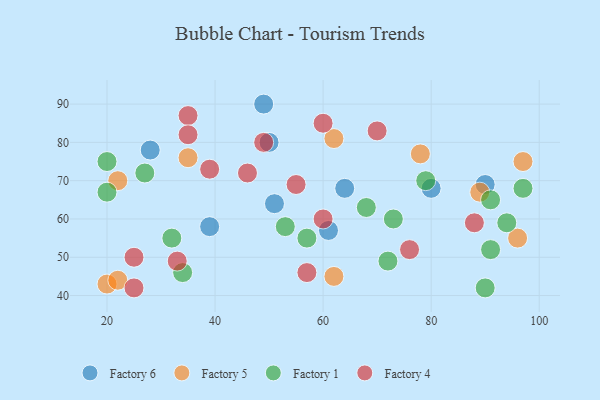
{"axis": {"x": "GDP", "y": "Life Expectancy"}, "legend": ["Factory 1", "Factory 4", "Factory 5", "Factory 6"], "data": [{"x": "49", "y": 90, "type": "Factory 6"}, {"x": "50", "y": 80, "type": "Factory 6"}, {"x": "51", "y": 64, "type": "Factory 6"}, {"x": "64", "y": 68, "type": "Factory 6"}, {"x": "39", "y": 58, "type": "Factory 6"}, {"x": "90", "y": 69, "type": "Factory 6"}, {"x": "28", "y": 78, "type": "Factory 6"}, {"x": "80", "y": 68, "type": "Factory 6"}, {"x": "61", "y": 57, "type": "Factory 6"}, {"x": "62", "y": 81, "type": "Factory 5"}, {"x": "89", "y": 67, "type": "Factory 5"}, {"x": "62", "y": 45, "type": "Factory 5"}, {"x": "20", "y": 43, "type": "Factory 5"}, {"x": "22", "y": 44, "type": "Factory 5"}, {"x": "96", "y": 55, "type": "Factory 5"}, {"x": "97", "y": 75, "type": "Factory 5"}, {"x": "35", "y": 76, "type": "Factory 5"}, {"x": "78", "y": 77, "type": "Factory 5"}, {"x": "22", "y": 70, "type": "Factory 5"}, {"x": "90", "y": 42, "type": "Factory 1"}, {"x": "53", "y": 58, "type": "Factory 1"}, {"x": "73", "y": 60, "type": "Factory 1"}, {"x": "57", "y": 55, "type": "Factory 1"}, {"x": "94", "y": 59, "type": "Factory 1"}, {"x": "91", "y": 65, "type": "Factory 1"}, {"x": "32", "y": 55, "type": "Factory 1"}, {"x": "72", "y": 49, "type": "Factory 1"}, {"x": "20", "y": 67, "type": "Factory 1"}, {"x": "91", "y": 52, "type": "Factory 1"}, {"x": "68", "y": 63, "type": "Factory 1"}, {"x": "27", "y": 72, "type": "Factory 1"}, {"x": "79", "y": 70, "type": "Factory 1"}, {"x": "20", "y": 75, "type": "Factory 1"}, {"x": "97", "y": 68, "type": "Factory 1"}, {"x": "34", "y": 46, "type": "Factory 1"}, {"x": "33", "y": 49, "type": "Factory 4"}, {"x": "57", "y": 46, "type": "Factory 4"}, {"x": "35", "y": 87, "type": "Factory 4"}, {"x": "25", "y": 42, "type": "Factory 4"}, {"x": "60", "y": 85, "type": "Factory 4"}, {"x": "25", "y": 50, "type": "Factory 4"}, {"x": "60", "y": 60, "type": "Factory 4"}, {"x": "49", "y": 80, "type": "Factory 4"}, {"x": "55", "y": 69, "type": "Factory 4"}, {"x": "35", "y": 82, "type": "Factory 4"}, {"x": "88", "y": 59, "type": "Factory 4"}, {"x": "70", "y": 83, "type": "Factory 4"}, {"x": "46", "y": 72, "type": "Factory 4"}, {"x": "76", "y": 52, "type": "Factory 4"}, {"x": "39", "y": 73, "type": "Factory 4"}]}